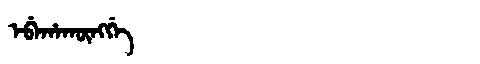
Manchu: ᡝᠪᡝᡥᠠᡴᡡᠩᡤᡝ
Romanization: EBEHAKŪNGGE